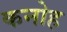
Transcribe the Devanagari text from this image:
कनोह